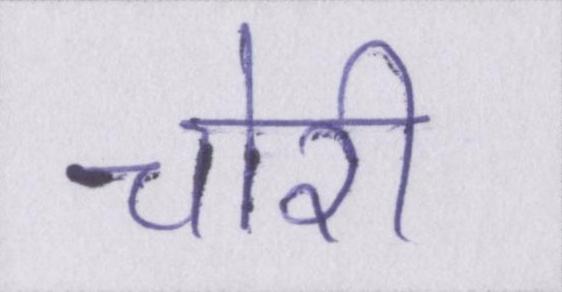
चोरी